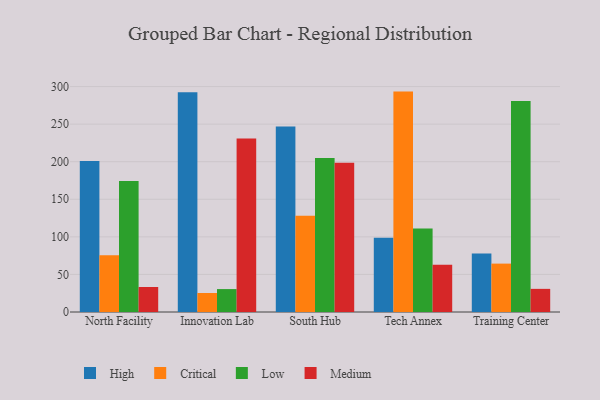
{"axis": {"x": "Campus", "y": "Tickets Resolved"}, "legend": ["Critical", "High", "Low", "Medium"], "data": [{"x": "North Facility", "y": 200.8, "type": "High"}, {"x": "North Facility", "y": 75.4, "type": "Critical"}, {"x": "North Facility", "y": 174.4, "type": "Low"}, {"x": "North Facility", "y": 33.3, "type": "Medium"}, {"x": "Innovation Lab", "y": 292.6, "type": "High"}, {"x": "Innovation Lab", "y": 25.3, "type": "Critical"}, {"x": "Innovation Lab", "y": 30.5, "type": "Low"}, {"x": "Innovation Lab", "y": 231.0, "type": "Medium"}, {"x": "South Hub", "y": 246.7, "type": "High"}, {"x": "South Hub", "y": 128.2, "type": "Critical"}, {"x": "South Hub", "y": 204.9, "type": "Low"}, {"x": "South Hub", "y": 198.7, "type": "Medium"}, {"x": "Tech Annex", "y": 98.7, "type": "High"}, {"x": "Tech Annex", "y": 293.3, "type": "Critical"}, {"x": "Tech Annex", "y": 111.2, "type": "Low"}, {"x": "Tech Annex", "y": 62.9, "type": "Medium"}, {"x": "Training Center", "y": 77.9, "type": "High"}, {"x": "Training Center", "y": 64.4, "type": "Critical"}, {"x": "Training Center", "y": 280.7, "type": "Low"}, {"x": "Training Center", "y": 30.8, "type": "Medium"}]}